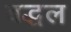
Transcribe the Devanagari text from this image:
बद्धल